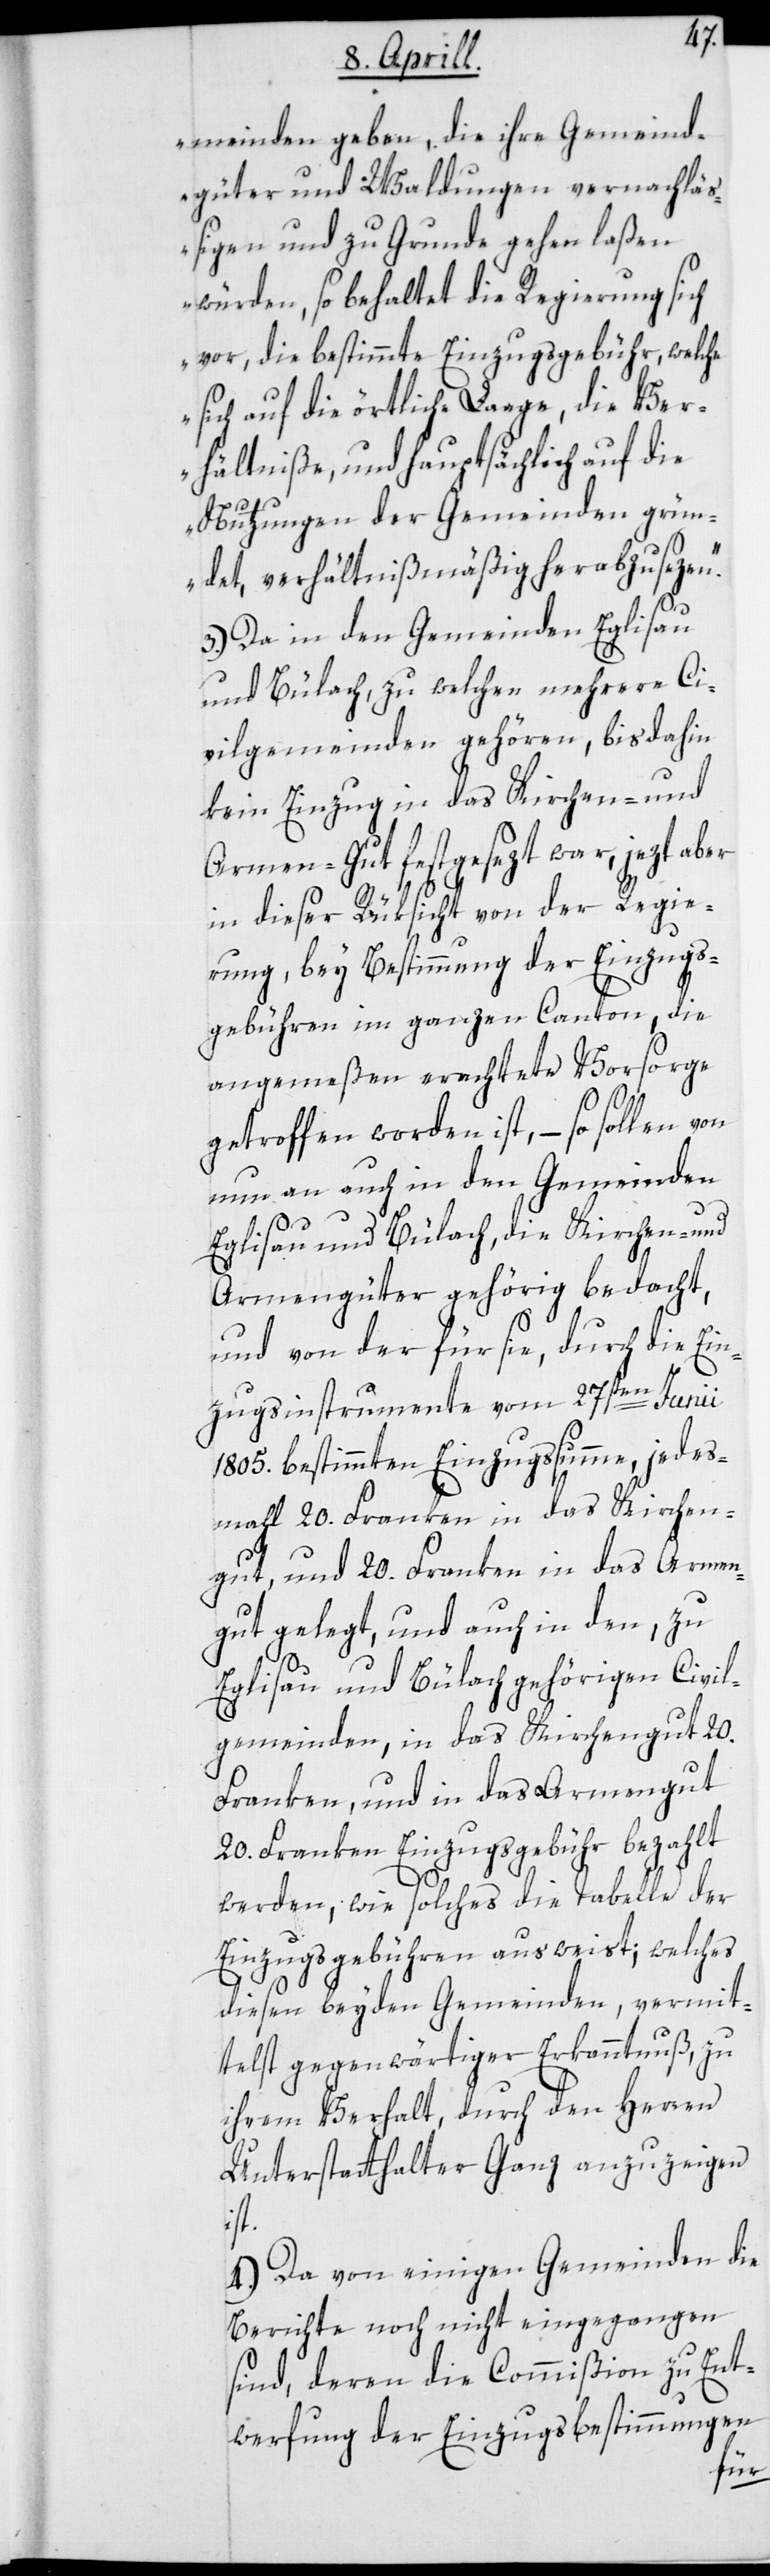
meinden geben, die ihre Gemeind¬
güter und Waldungen vernachlä¬
ßigen und zu Grunde gehen laßen
würden, so behaltet die Regierung sich
vor, die bestimmte Einzugsgebühr, welche
sich auf die örtliche Laage, die Ver¬
hältniße, und hauptsächlich auf die
Nutzungen der Gemeinden grün¬
det, verhältnißmäßig herabzusezen.“
3.) Da in den Gemeinden Eglisau
und Bülach, zu welchen mehrere Ci¬
vilgemeinden gehören, bis dahin
kein Einzug in das Kirchen- und
Armen-Gut festgesezt war, jezt aber
in dieser Rüksicht von der Regie¬
rung, bey Bestimmung der Einzugs¬
gebühren im ganzen Canton, die
angemeßen erachtete Vorsorge
getroffen worden ist, – so sollen von
nun an auch in den Gemeinden
Eglisau und Bülach, die Kirchen- und
Armengüter gehörig bedacht,
und von der für sie, durch die Ein¬
zugsinstrumente vom 27sten Junii
1805. bestimmten Einzugssumme, jedes
Mal 20. Franken in das Kirchen¬
gut und 20. Franken in das Armen¬
gut gelegt, und auch in den, zu
Eglisau und Bülach gehörigen Civil¬
gemeinden, in das Kirchengut 20.
Franken und in das Armengut
20. Franken Einzugsgebühr bezahlt
werden, wie solches die Tabelle der
Einzugsgebühren ausweist; welches
diesen beyden Gemeinden, vermit¬
telst gegenwärtiger Erkanntnuß zu
ihrem Verhalt durch den Herren
Unterstatthalter Ganz anzuzeigen
ist.
4.) Da von einigen Gemeinden die
Berichte noch nicht eingegangen
sind, deren die Commißion zu Ent¬
werfung der Einzugsbestimmungen